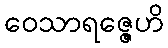
ဝေသာရဇ္ဇေဟိ